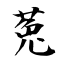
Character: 菟